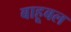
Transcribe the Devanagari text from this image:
बाहूबल